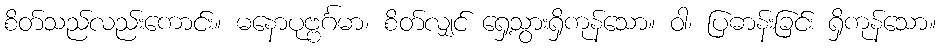
စိတ်သည်လည်းကောင်း။ မနောပုဗ္ဗင်္ဂမာ၊ စိတ်လျှင် ရှေ့သွားရှိကုန်သော။ ဝါ၊ ပြဓာန်းခြင်း ရှိကုန်သော။